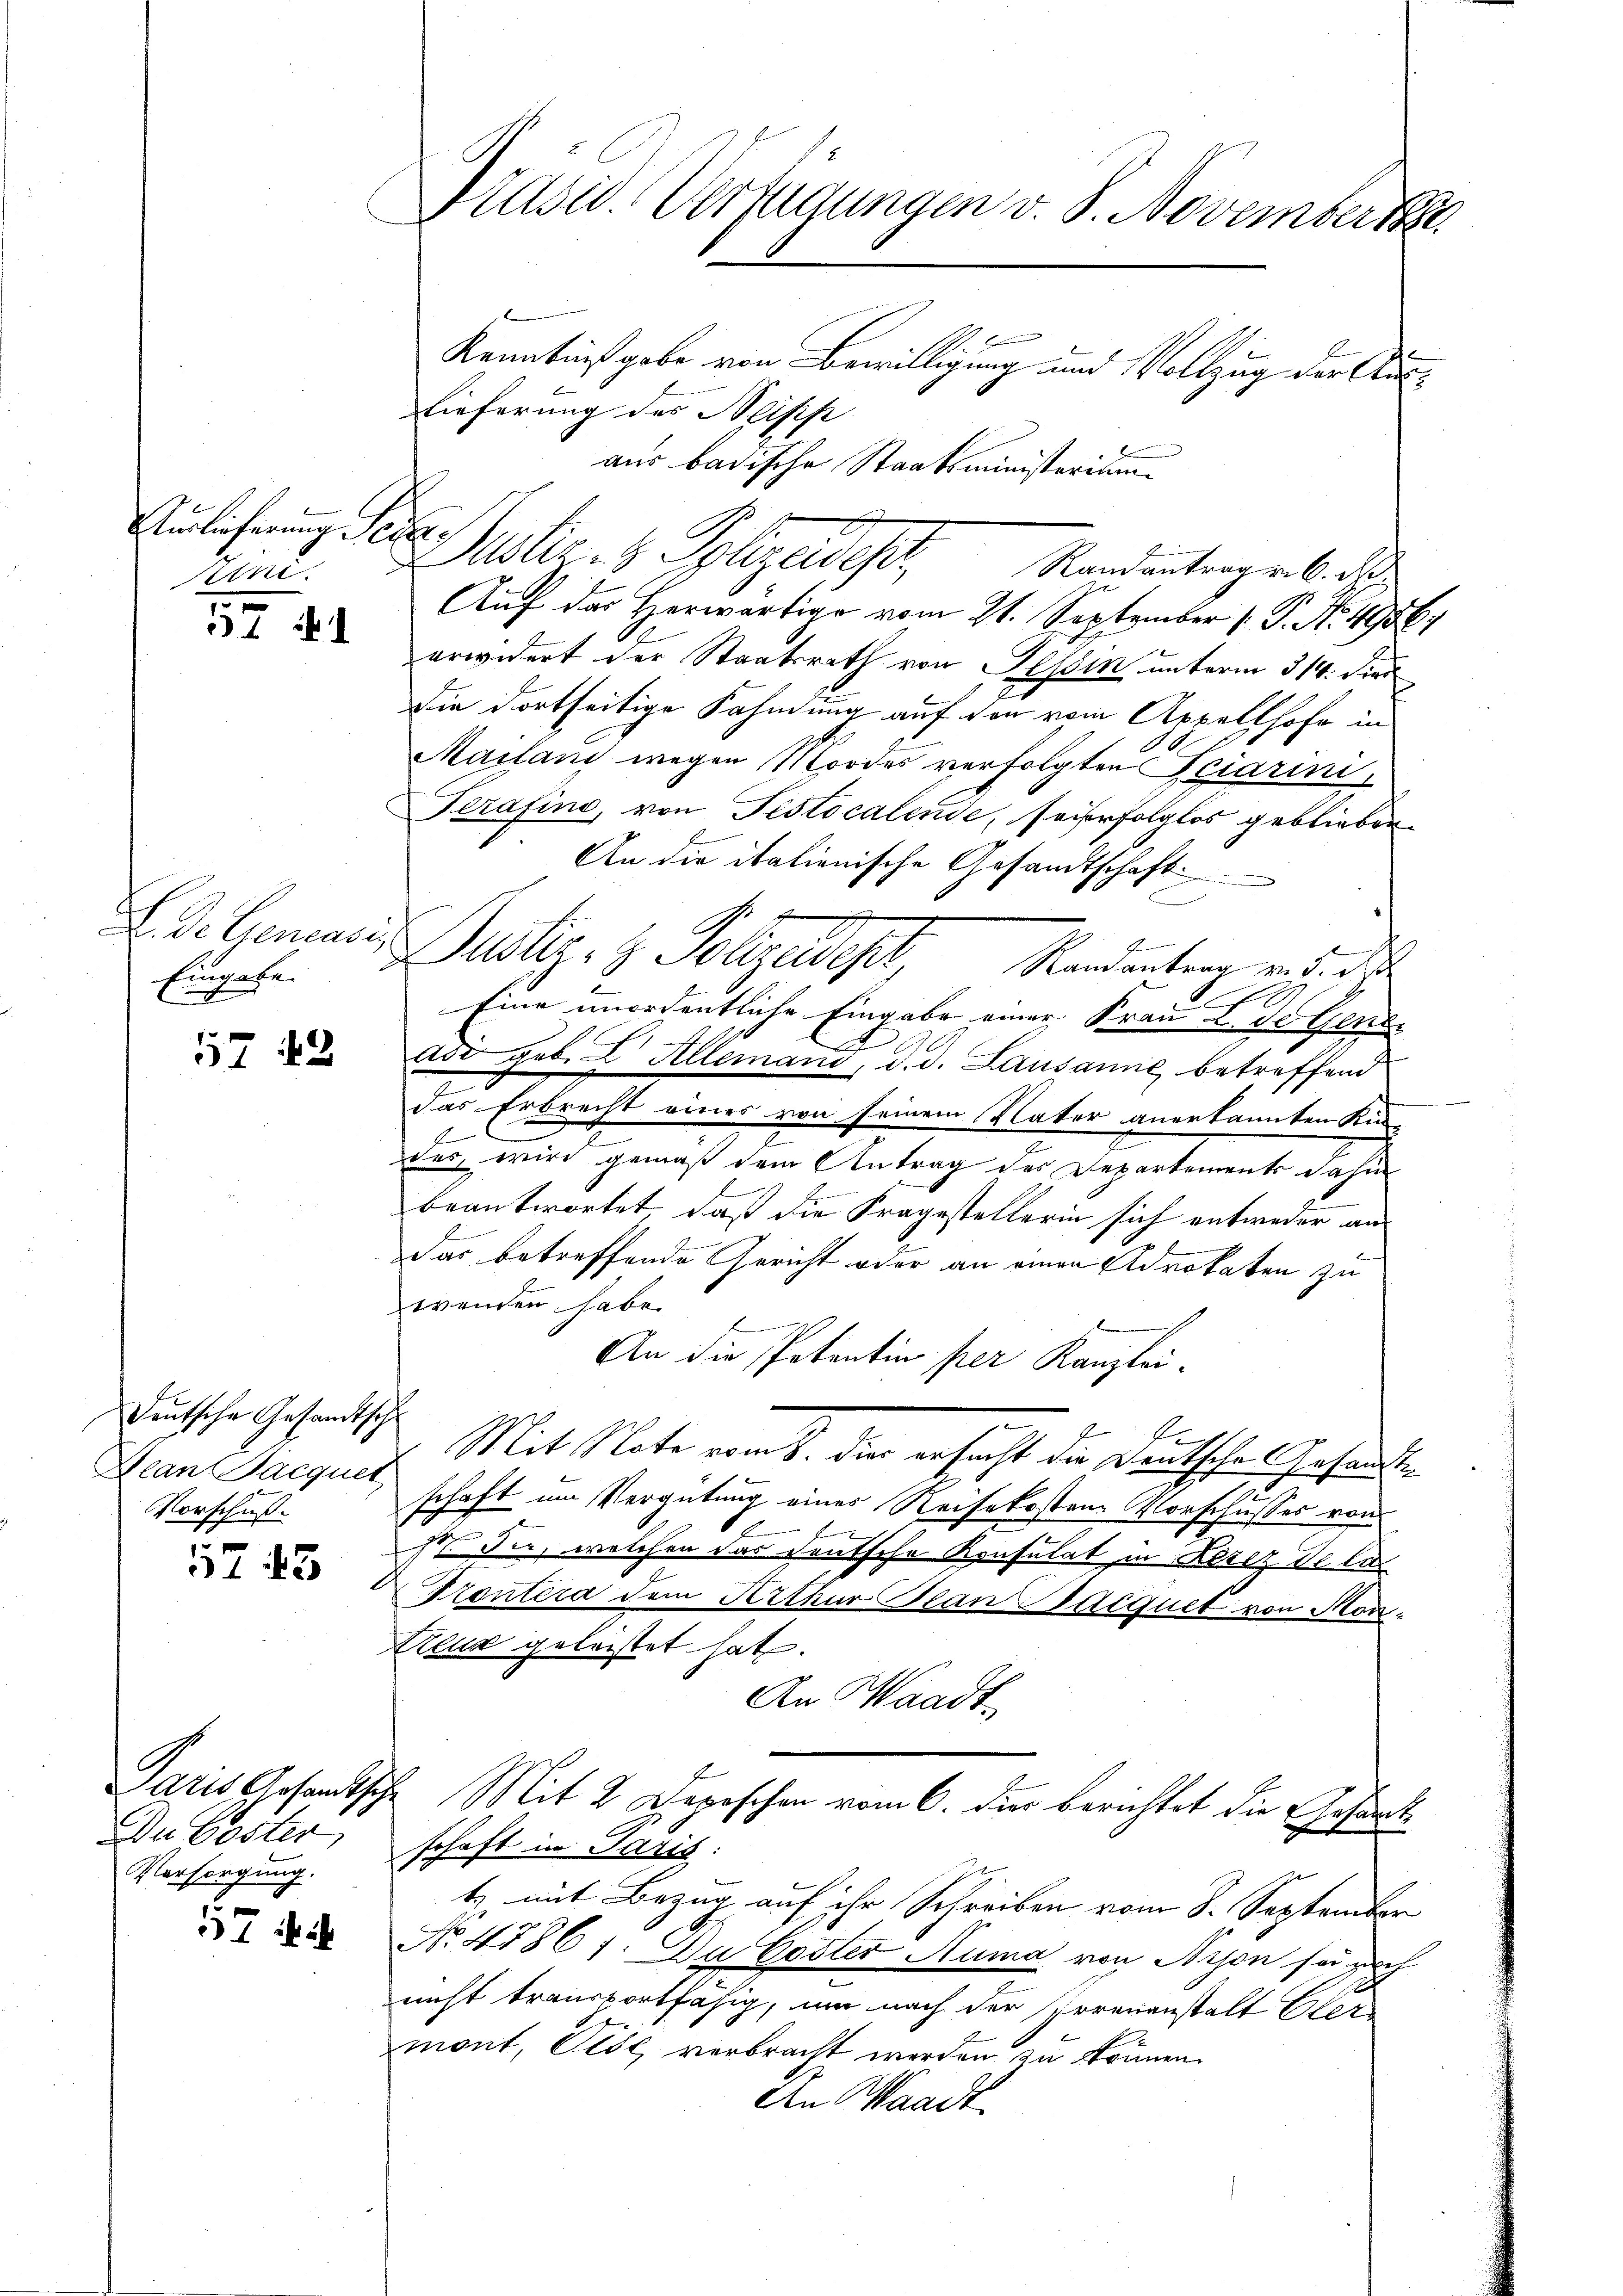
Auslicherung Sever

57 f. 1

S. Diesenense
Eingabe.

57 48

Deutsche Gesandtsche
Hean Pacquet
Vorschuß

5745

Die Poster
Versorgung.

57

Präsid. Verfügungen v. 8. Novembert

Kenntnißgabe von Bewilligung und Vollzug der Aus¬
Lieferung des Steipp
aus badische Staatsministerium
d
um. Dustiz- & Polizeisest
Auf das Herwärtige vom 21. September 1. P. Nr. 4956
erwidert der Staatsrath von Tessin unterm 314. die
Die dortseitige Fahndung auf den vom Appellhofe in
Mailani wegen Mordes verfolgten Feiarini,
Serafine, von Pestocalende, sei erfolglos geblieben
An die italienische Gesandtschaft.
i
B
Justiz- & Polizeigt, Mandanten v. 5. die
l
Eine unordentliche Eingabe einer Frau u. de Gener
asd geb. I. Allemans, d. d. Lausanić betreffend
das Erbrecht eines von seinem Vater anerkannten Kin-
E
des, wird gemäß dem Antrag des Departements dahin
beantwortet, daß die Fragestellerin sich entweder an
das betreffende Gericht oder an einen Advokaten zu
wenden habe.
f
An die Petentin per Kanzlei-
Mit Note vom 8. die ersucht die Deutsche Gesandting
schaft im Vergütung eines Reisekosten Vorschusses von
h
st Sie, welchen das deutsche Konsulat in Herz de la
Trontera dem Arthur Plan acquet von Mor¬
Kluk geleistet hat.
An Waadt
Paris Gesandtsche Mit 2 Depeschen vom 6. dir berichtet die Gesart
2
schaft in Paris.
t mit Bezug auf ihr Schreiben vom 8. September
No. 47861: Du Coster Ruma von Nyon so nach
nicht transportfähig, um nach der Irrenanstalt Elerzmont, Pise, verbracht werden zu können.
An Waadt

Randantrag v. 6. Rpp